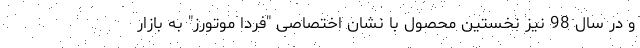
و در سال 98 نیز نخستین محصول با نشان اختصاصی "فردا موتورز" به بازار